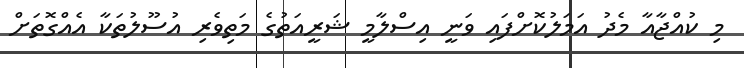
މި ކުއްޖާއާ މެދު އަމަލުކޮށްފައި ވަނީ އިސްލާމީ ޝަރީއަތުގެ މަތިވެރި އުސޫލުތަކާ އެއްގޮތަށް